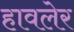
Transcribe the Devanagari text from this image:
हावलेर